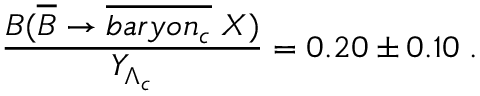
\frac { B ( \overline { { B } } \rightarrow \overline { { { b a r y o n _ { c } } } } \; X ) } { Y _ { \Lambda _ { c } } } = 0 . 2 0 \pm 0 . 1 0 \; .